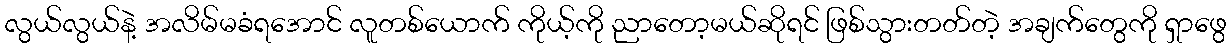
လွယ်လွယ်နဲ့ အလိမ်မခံရအောင် လူတစ်ယောက် ကိုယ့်ကို ညာတော့မယ်ဆိုရင် ဖြစ်သွားတတ်တဲ့ အချက်တွေကို ရှာဖွေ